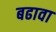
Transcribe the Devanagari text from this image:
बढावा